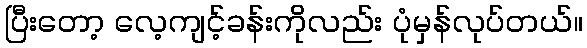
ပြီးတော့ လေ့ကျင့်ခန်းကိုလည်း ပုံမှန်လုပ်တယ်။